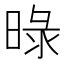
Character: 㫽